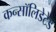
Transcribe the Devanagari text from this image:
कन्सॉलिडेटेड